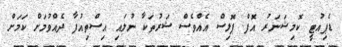
ޑެޕިއުޓީ ކޮމިޝަނަރު އޮފް ޕޮލިސް އެއްވެސް ޝަރުތަކާ ނުލައި އިސްތިއުފާ ދެއްވުމަށް ކަމަށް